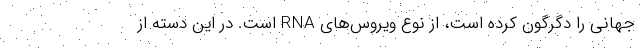
جهانی را دگرگون کرده است، از نوع ویروس‌های RNA است. در این دسته از